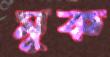
মূক